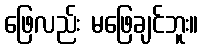
ဖြေလည်း မဖြေချင်ဘူး။